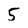
Character: 5